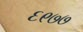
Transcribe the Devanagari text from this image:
६९७७